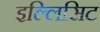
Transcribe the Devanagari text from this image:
इल्लिसिट